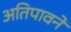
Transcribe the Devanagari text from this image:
अतिपावनें